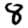
Digit: 8